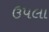
ઉપલા